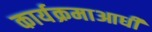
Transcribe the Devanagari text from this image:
कार्यक्रमाआधी